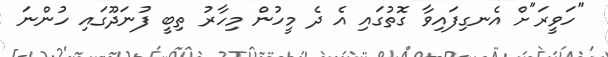
"ހަވީރަ"ށް އެނގިފައިވާ ގޮތުގައި އެ ދެ މީހުން މިހާރު ތިބީ ފުނަދޫގައި ހުންނަ